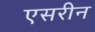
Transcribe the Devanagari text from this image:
एसरीन